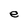
Character: e